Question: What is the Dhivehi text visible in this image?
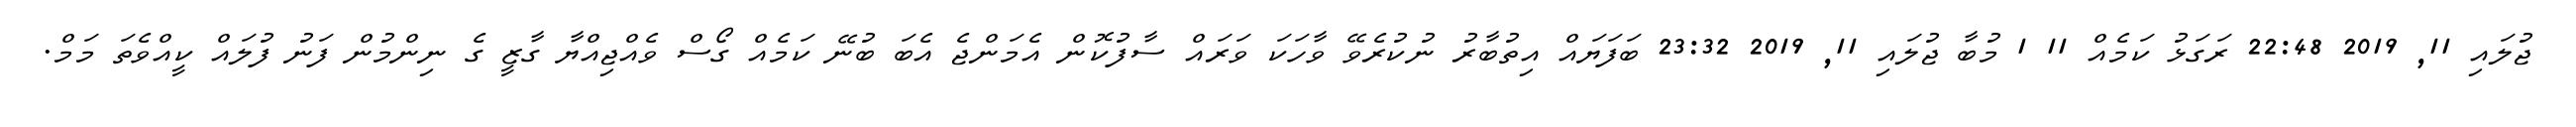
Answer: ޖުލައި 11, 2019 22:48 ރަގަޅު ކަމެއް 11 1 މުބާ ޖުލައި 11, 2019 23:32 ބަފަޔައް އިތުބާރު ނުކުރެވޭ ވާހަކަ ވަރައް ސާފުކޮން އެމަންޖެ އެބަ ބުނޭ ކަމެއް ގޯސް ވެއްޖިއްޔާ ގާޒީ ގެ ނިންމުން ފަނު ފުލައް ކީއްވެތަ މަމް.